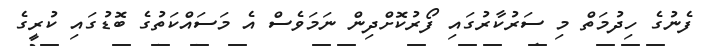
ފެނުގެ ހިދުމަތް މި ސަރުކާރުގައި ފޯރުކޮށްދިން ނަމަވެސް އެ މަސައްކަތުގެ ބޮޑުގައި ކުރީގެ